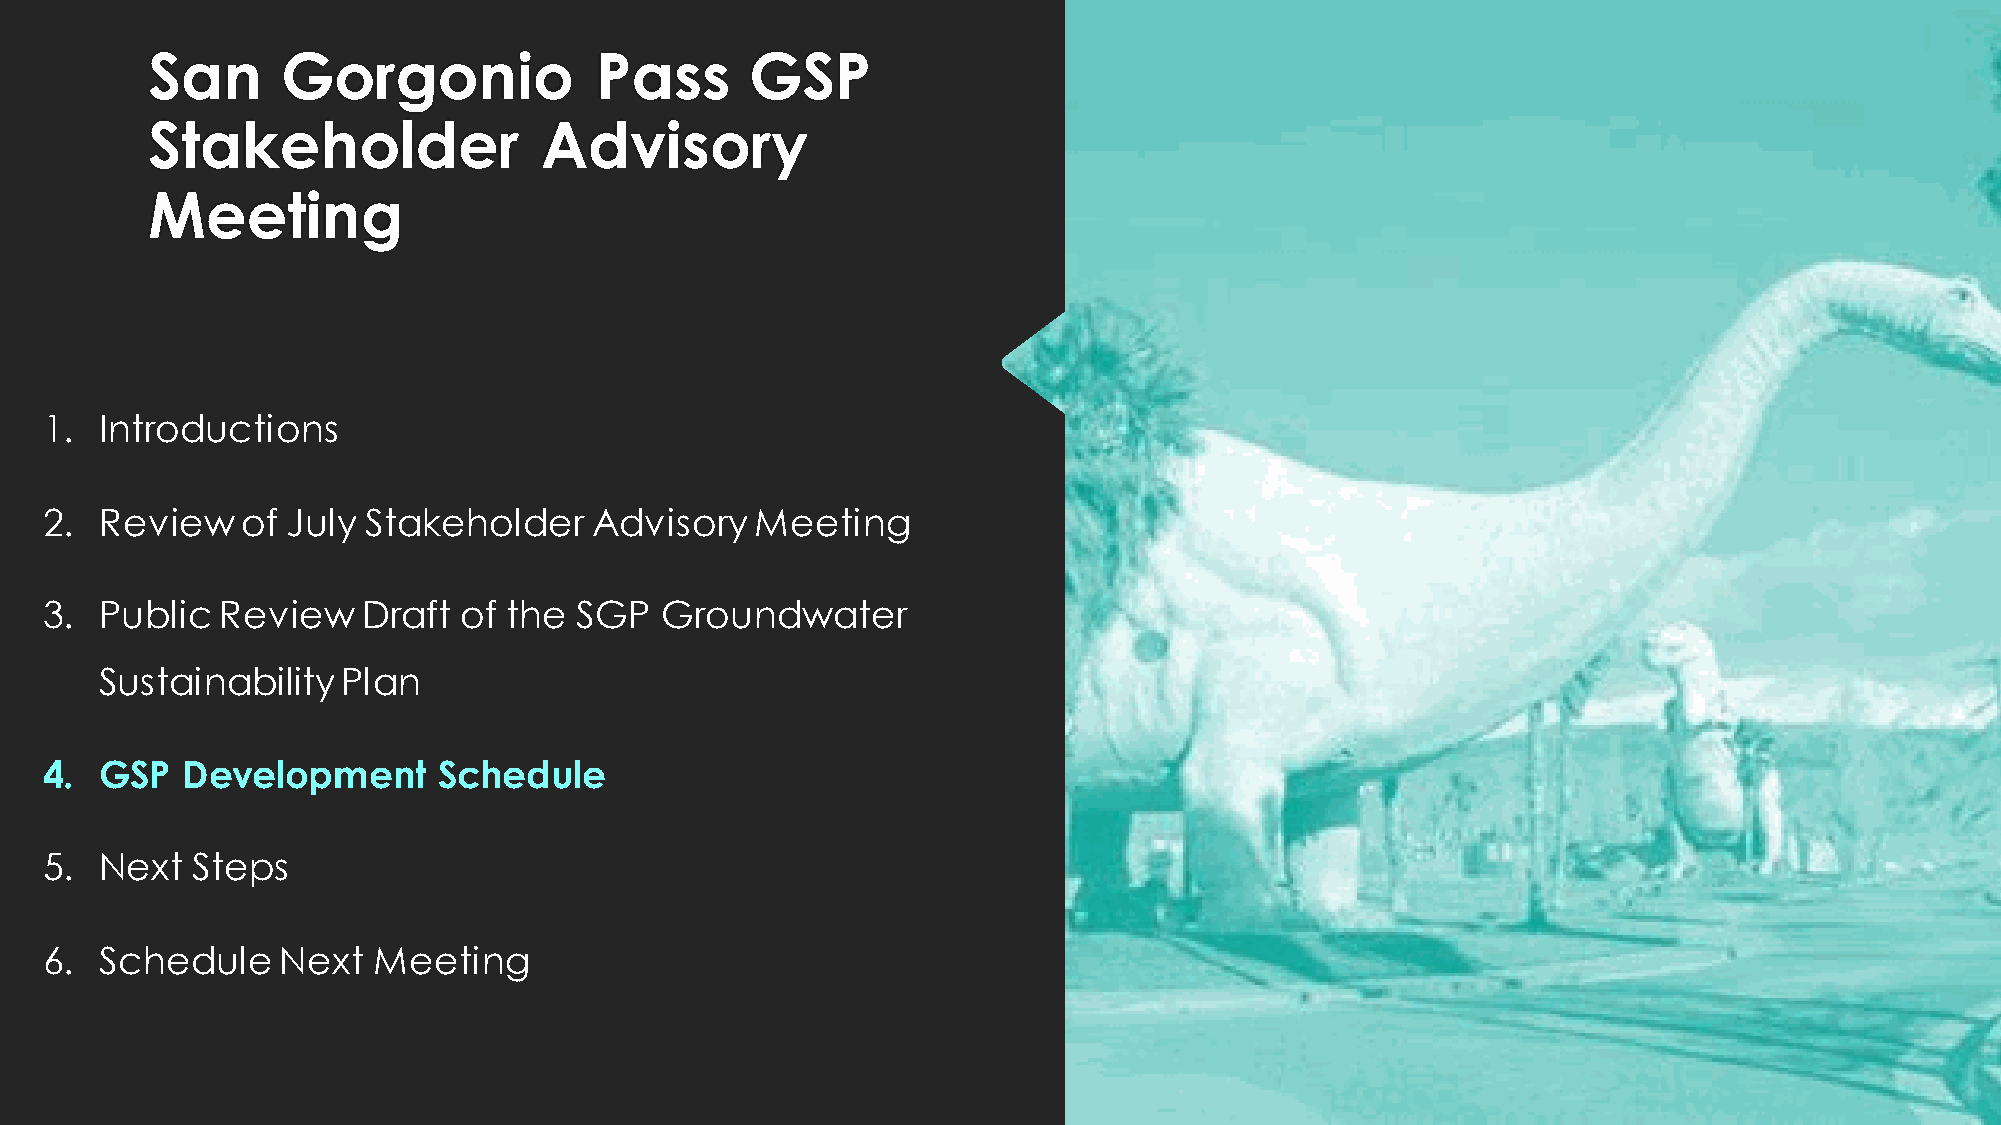
San      Gorgonio            Pass       GSP
 Stakeholder               Advisory
 Meeting
 1.  Introductions
 2.  Review   of July Stakeholder    Advisory   Meeting
 3.  Public  Review   Draft of  the SGP   Groundwater
 Sustainability  Plan
 4.  GSP  Development      Schedule
 5.  Next  Steps
 6.  Schedule    Next  Meeting